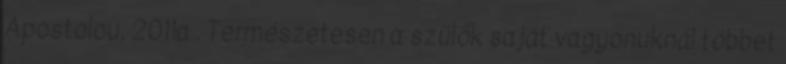
Apostolou, 2011a . Természetesen a szülők saját vagyonuknál többet